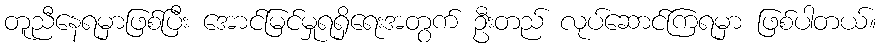
တူညီနေရမှာဖြစ်ပြီး အောင်မြင်မှုရရှိရေးအတွက် ဦးတည် လုပ်ဆောင်ကြရမှာ ဖြစ်ပါတယ်။